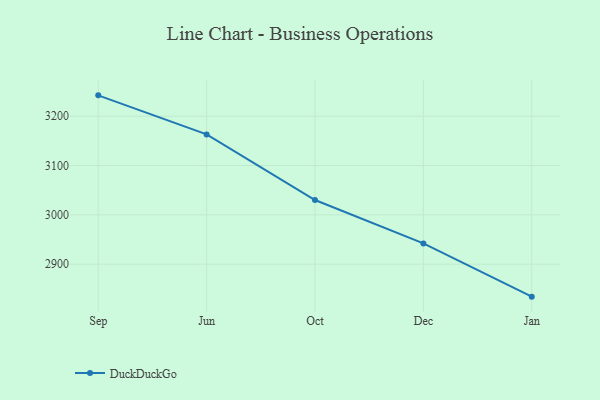
{"axis": {"x": "Month", "y": "Latency (ms)"}, "legend": ["DuckDuckGo"], "data": [{"x": "Sep", "y": 3242.3, "type": "DuckDuckGo"}, {"x": "Jun", "y": 3163.1, "type": "DuckDuckGo"}, {"x": "Oct", "y": 3030.1, "type": "DuckDuckGo"}, {"x": "Dec", "y": 2942.0, "type": "DuckDuckGo"}, {"x": "Jan", "y": 2834.1, "type": "DuckDuckGo"}]}